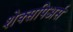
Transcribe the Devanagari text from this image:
शेक्सपिअर्स